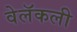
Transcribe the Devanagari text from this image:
वेलॅकली